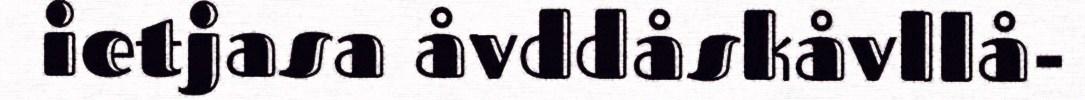
ietjasa åvddåskåvllå-